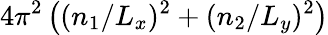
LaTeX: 4\pi^{2}\left((n_{1}/L_{x})^{2}+(n_{2}/L_{y})^{2}\right)